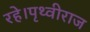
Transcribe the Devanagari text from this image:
रहे।पृथ्वीराज